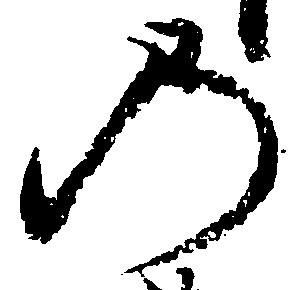
の